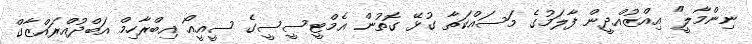
ނިންމާލީ" އިއްޒުއްދީން ފާލަމުގެ މަސައްކަތާ ގުޅޭ ގޮތުން އެމްޓީސީސީގެ ސީއީއޯ އިބްރާހިމް އަބްދުއްރައްޒާގް